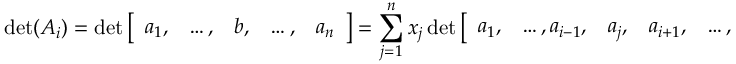
\operatorname* { d e t } ( A _ { i } ) = \operatorname* { d e t } { \left[ \begin{array} { l l l l l } { a _ { 1 } , } & { \ldots , } & { b , } & { \ldots , } & { a _ { n } } \end{array} \right] } = \sum _ { j = 1 } ^ { n } x _ { j } \operatorname* { d e t } { \left[ \begin{array} { l l l l l l } { a _ { 1 } , } & { \ldots , a _ { i - 1 } , } & { a _ { j } , } & { a _ { i + 1 } , } & { \ldots , } & { a _ { n } } \end{array} \right] } = x _ { i } \operatorname* { d e t } ( A )